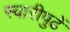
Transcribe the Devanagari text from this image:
स्वारीपुढें